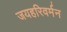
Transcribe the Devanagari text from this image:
जयहरिवर्मन